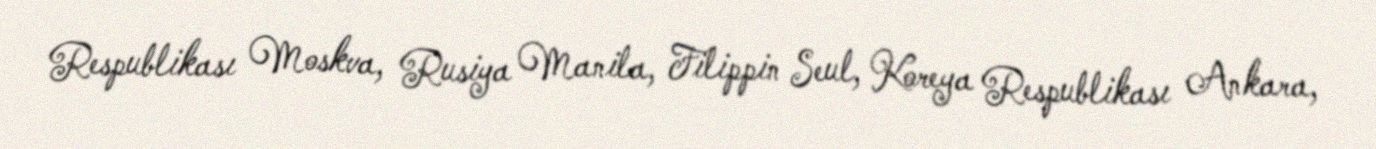
Respublikası Moskva, Rusiya Manila, Filippin Seul, Koreya Respublikası Ankara,